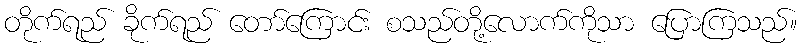
တိုက်ရည် ခိုက်ရည် တော်ကြောင်း စသည်တို့လောက်ကိုသာ ပြောကြသည်။